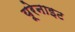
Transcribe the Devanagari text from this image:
यूरेनाइट